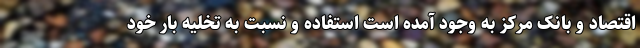
اقتصاد و بانک مرکز به وجود آمده است استفاده و نسبت به تخلیه بار خود